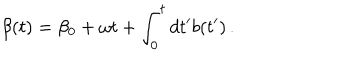
LaTeX: \beta ( t ) = \beta _ { 0 } + \omega t + \int _ { 0 } ^ { t } d t ^ { \prime } b ( t ^ { \prime } ) \, .